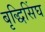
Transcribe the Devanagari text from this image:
बृद्धिसिंघ